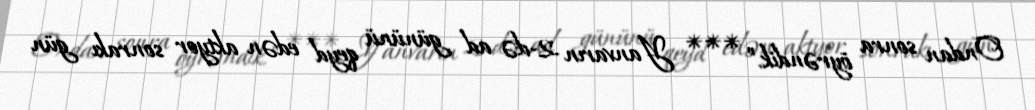
Ondan sonra öyrəndik.” *** Yanvarın 2-də ad gününü qeyd edən aktyor sonrakı gün